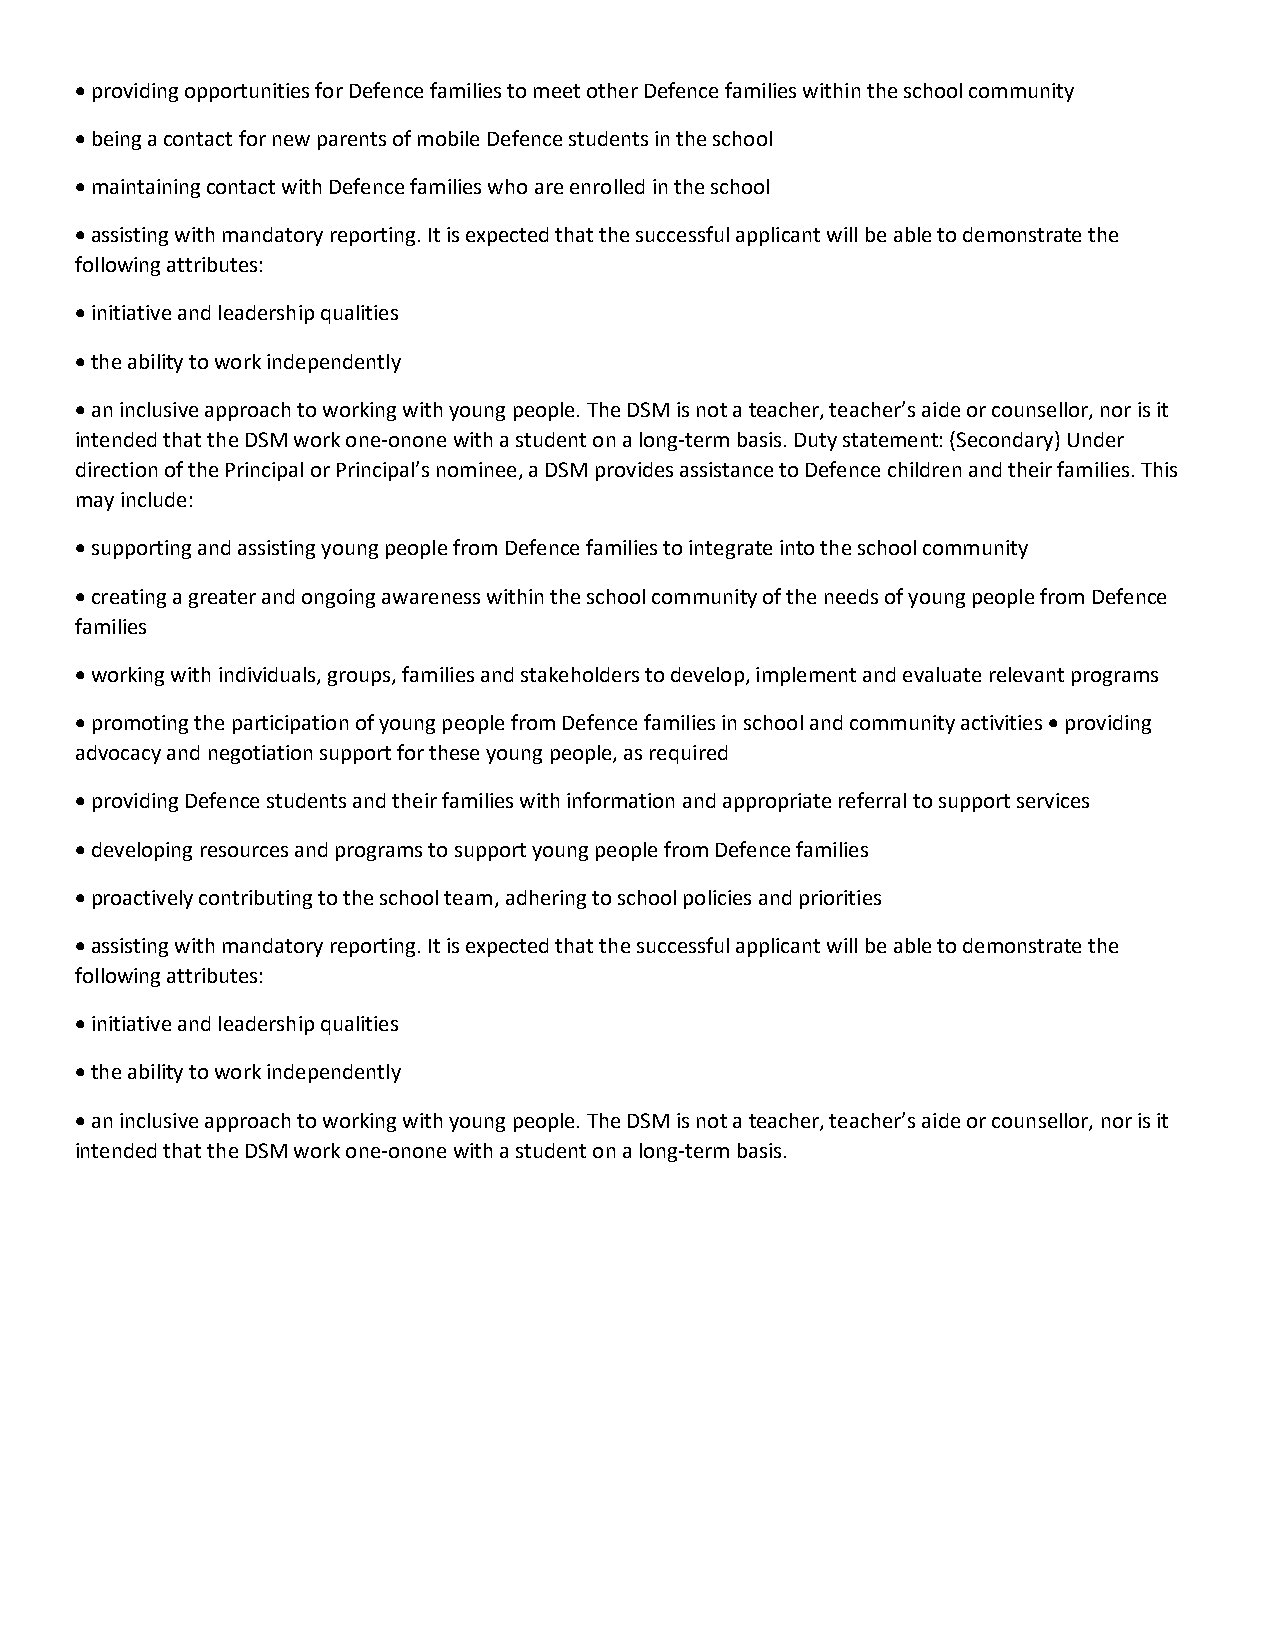
 providing opportunities for Defence families to meet other Defence families within the school community
  being a contact for new parents of mobile Defence students in the school
  maintaining contact with Defence families who are enrolled in the school
  assisting with mandatory reporting. It is expected that the successful applicant will be able to demonstrate the
 following attributes:
  initiative and leadership qualities
  the ability to work independently
  an inclusive approach to working with young people. The DSM is not a teacher, teacher’s aide or counsellor, nor is it
 intended that the DSM work one-onone with a student on a long-term basis. Duty statement: (Secondary) Under
 direction of the Principal or Principal’s nominee, a DSM provides assistance to Defence children and their families. This
 may include:
  supporting and assisting young people from Defence families to integrate into the school community
  creating a greater and ongoing awareness within the school community of the needs of young people from Defence
 families
  working with individuals, groups, families and stakeholders to develop, implement and evaluate relevant programs
  promoting the participation of young people from Defence families in school and community activities  providing
 advocacy and negotiation support for these young people, as required
  providing Defence students and their families with information and appropriate referral to support services
  developing resources and programs to support young people from Defence families
  proactively contributing to the school team, adhering to school policies and priorities
  assisting with mandatory reporting. It is expected that the successful applicant will be able to demonstrate the
 following attributes:
  initiative and leadership qualities
  the ability to work independently
  an inclusive approach to working with young people. The DSM is not a teacher, teacher’s aide or counsellor, nor is it
 intended that the DSM work one-onone with a student on a long-term basis.